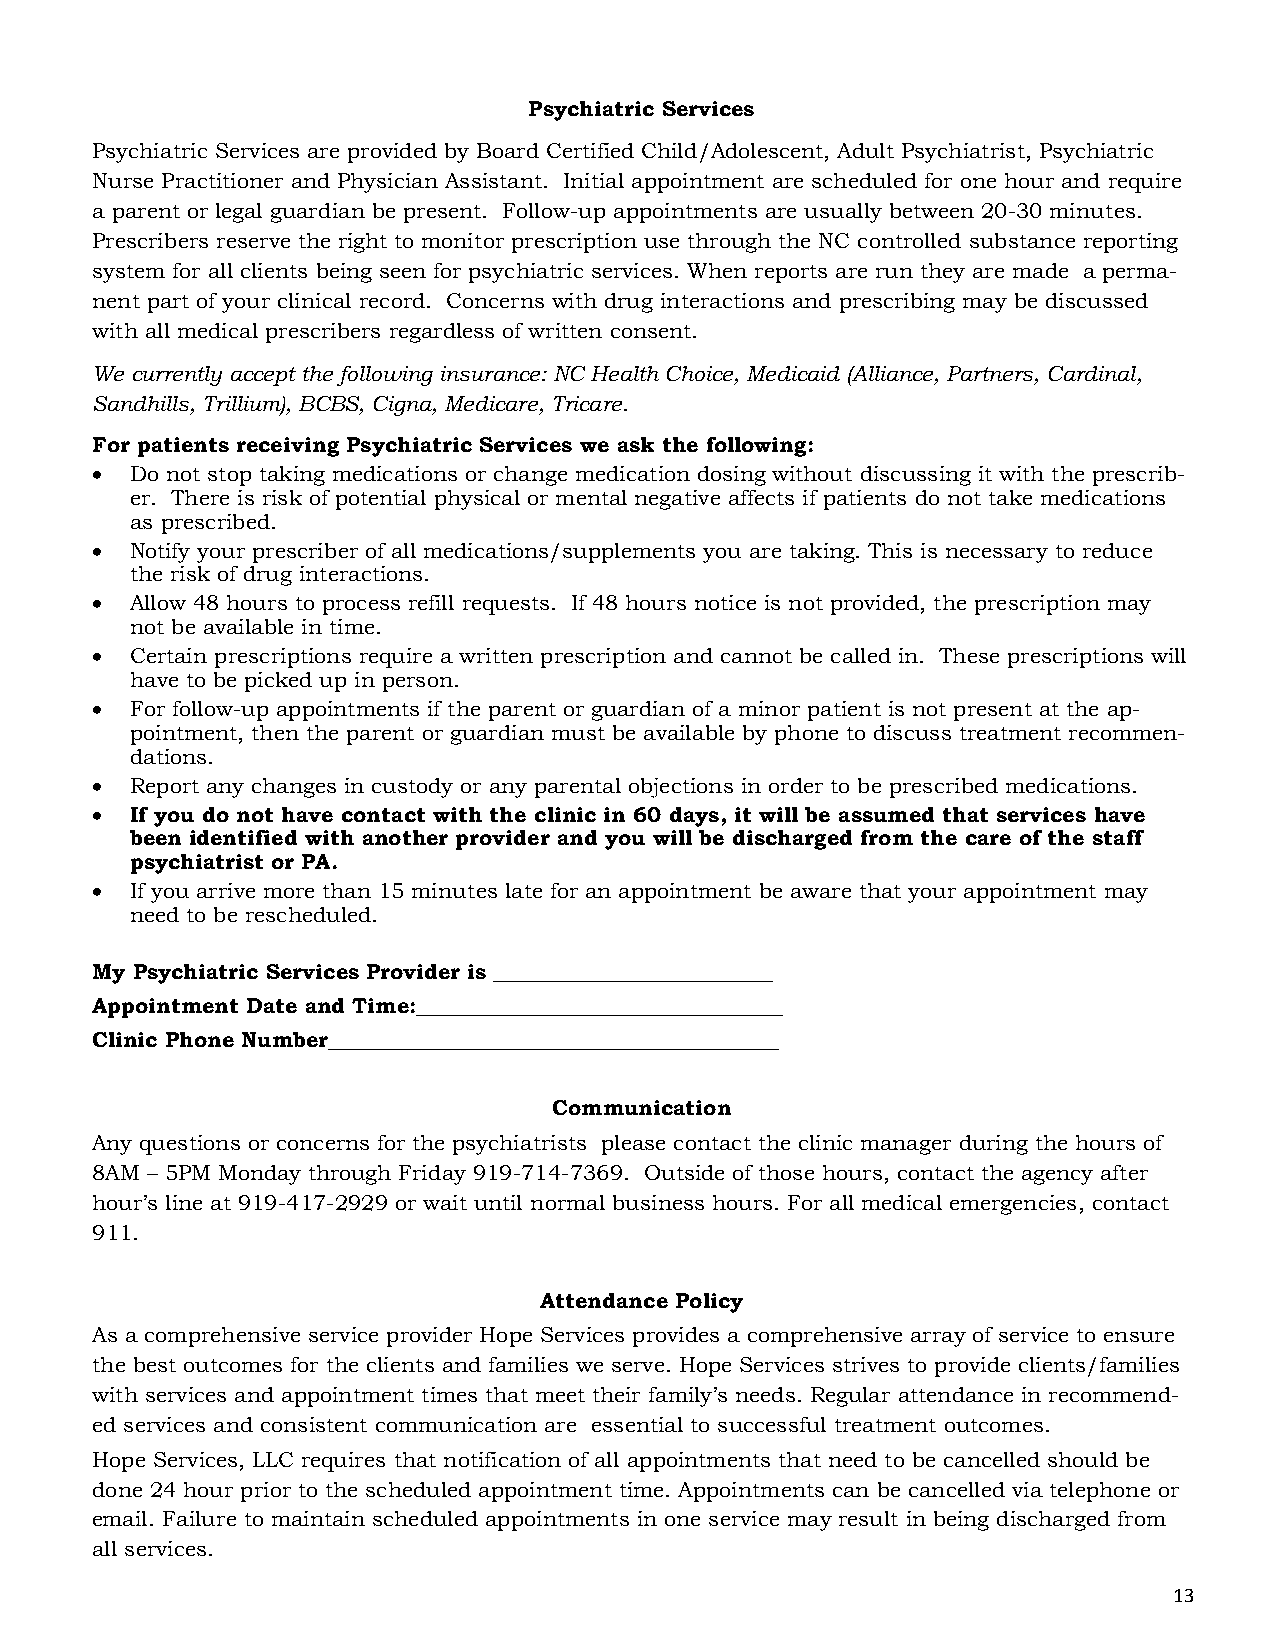
Psychiatric Services
 Psychiatric Services are provided by Board Certified Child/Adolescent, Adult Psychiatrist, Psychiatric
 Nurse Practitioner and Physician Assistant. Initial appointment are scheduled for one hour and require
 a parent or legal guardian be present. Follow-up appointments are usually between 20-30 minutes.
 Prescribers reserve the right to monitor prescription use through the NC controlled substance reporting
 system for all clients being seen for psychiatric services. When reports are run they are made a perma-
 nent part of your clinical record. Concerns with drug interactions and prescribing may be discussed
 with all medical prescribers regardless of written consent.
 We currently accept the following insurance: NC Health Choice, Medicaid (Alliance, Partners, Cardinal,
 Sandhills, Trillium), BCBS, Cigna, Medicare, Tricare.
 For patients receiving Psychiatric Services we ask the following:
   Do not stop taking medications or change medication dosing without discussing it with the prescrib-
 er. There is risk of potential physical or mental negative affects if patients do not take medications
 as prescribed.
   Notify your prescriber of all medications/supplements you are taking. This is necessary to reduce
 the risk of drug interactions.
   Allow 48 hours to process refill requests. If 48 hours notice is not provided, the prescription may
 not be available in time.
   Certain prescriptions require a written prescription and cannot be called in. These prescriptions will
 have to be picked up in person.
   For follow-up appointments if the parent or guardian of a minor patient is not present at the ap-
 pointment, then the parent or guardian must be available by phone to discuss treatment recommen-
 dations.
   Report any changes in custody or any parental objections in order to be prescribed medications.
   If you do not have contact with the clinic in 60 days, it will be assumed that services have
 been identified with another provider and you will be discharged from the care of the staff
 psychiatrist or PA.
   If you arrive more than 15 minutes late for an appointment be aware that your appointment may
 need to be rescheduled.
 My Psychiatric Services Provider is __________________________
 Appointment Date and Time:__________________________________
 Clinic Phone Number__________________________________________
 Communication
 Any questions or concerns for the psychiatrists please contact the clinic manager during the hours of
 8AM – 5PM Monday through Friday 919-714-7369. Outside of those hours, contact the agency after
 hour’s line at 919-417-2929 or wait until normal business hours. For all medical emergencies, contact
 911.
 Attendance Policy
 As a comprehensive service provider Hope Services provides a comprehensive array of service to ensure
 the best outcomes for the clients and families we serve. Hope Services strives to provide clients/families
 with services and appointment times that meet their family’s needs. Regular attendance in recommend-
 ed services and consistent communication are essential to successful treatment outcomes.
 Hope Services, LLC requires that notification of all appointments that need to be cancelled should be
 done 24 hour prior to the scheduled appointment time. Appointments can be cancelled via telephone or
 email. Failure to maintain scheduled appointments in one service may result in being discharged from
 all services.
 13